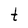
Character: t